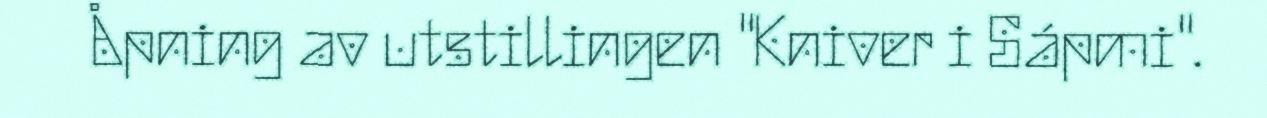
Åpning av utstillingen "Kniver i Sápmi".